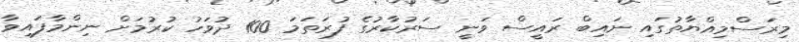
މިރަސްމިއްޔާތުގައި ނައިބް ރައީސް ވަނީ ސަރުކާރުގެ ފުރަތަަމަ 100 ދުވަހު ކުރުމަށް ނިންމާފައިވާ